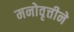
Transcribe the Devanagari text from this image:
मनोवृत्तीने